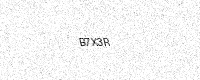
Text: B7X3R